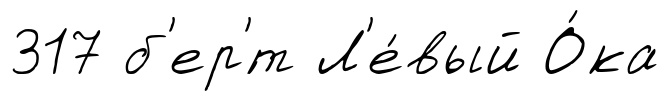
317 б'ер'́т Л'е́вый О́ка